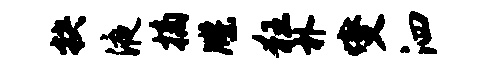
抉液摘牒狂朴燮泗